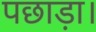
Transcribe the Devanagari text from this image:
पछाड़ा।